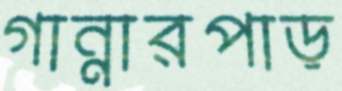
গান্নারপাড়